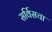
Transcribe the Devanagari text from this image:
सर्विसचा